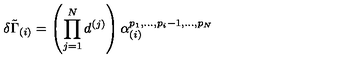
\delta { \tilde { \Gamma } } _ { ( i ) } = \left( \prod _ { j = 1 } ^ { N } d ^ { ( j ) } \right) \alpha _ { ( i ) } ^ { p _ { 1 } , . . . , p _ { i } - 1 , . . . , p _ { N } }